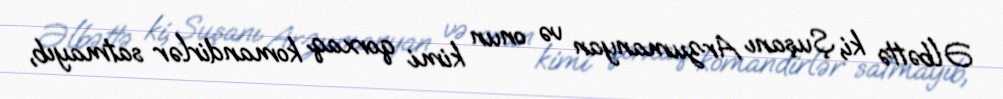
Əlbəttə ki, Şuşanı Arzumanyan və onun kimi qorxaq komandirlər satmayıb,